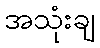
အသုံးချ